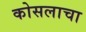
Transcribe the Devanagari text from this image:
कोसलाचा